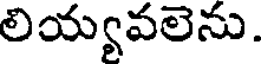
లియ్యవలెను.